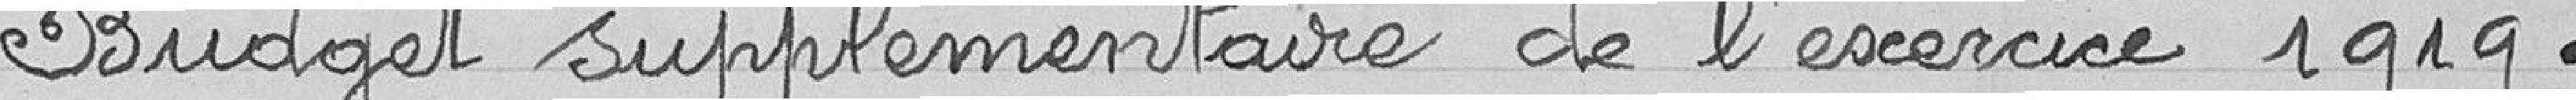
Budget supplémentaire de l'exercice 1919